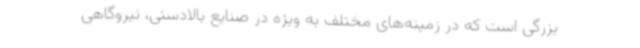
بزرگی است که در زمینه‌های مختلف به ویژه در صنایع بالادستی، نیروگاهی